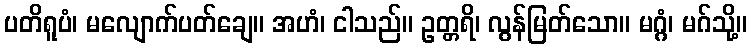
ပတိရူပံ၊ မလျောက်ပတ်ချေ။ အဟံ၊ ငါသည်။ ဥတ္တရိ၊ လွန်မြတ်သော။ မဂ္ဂံ၊ မဂ်သို့။